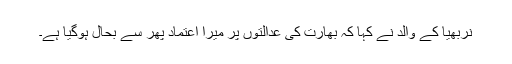
نربھیا کے والد نے کہا کہ بھارت کی عدالتوں پر میرا اعتماد پھر سے بحال ہوگیا ہے۔